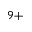
^ { 9 + }